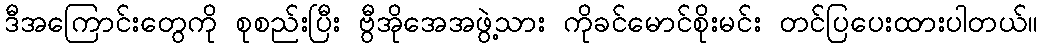
ဒီအကြောင်းတွေကို စုစည်းပြီး ဗွီအိုအေအဖွဲ့သား ကိုခင်မောင်စိုးမင်း တင်ပြပေးထားပါတယ်။